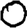
Digit: 0